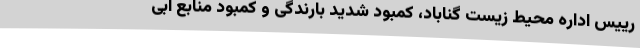
رییس اداره محیط زیست گناباد، کمبود شدید بارندگی و کمبود منابع آبی